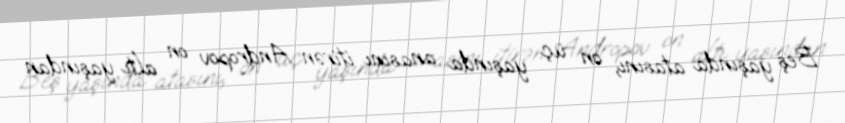
Beş yaşında atasını, on üç yaşında anasını itirən Andropov on altı yaşından